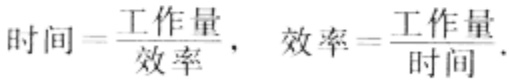
\[
\text{时间}=\frac{\text{工作量}}{\text{效率}},\quad \text{效率}=\frac{\text{工作量}}{\text{时间}}.
\]